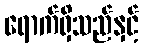
ရောက်ရှိသည်နှင့်